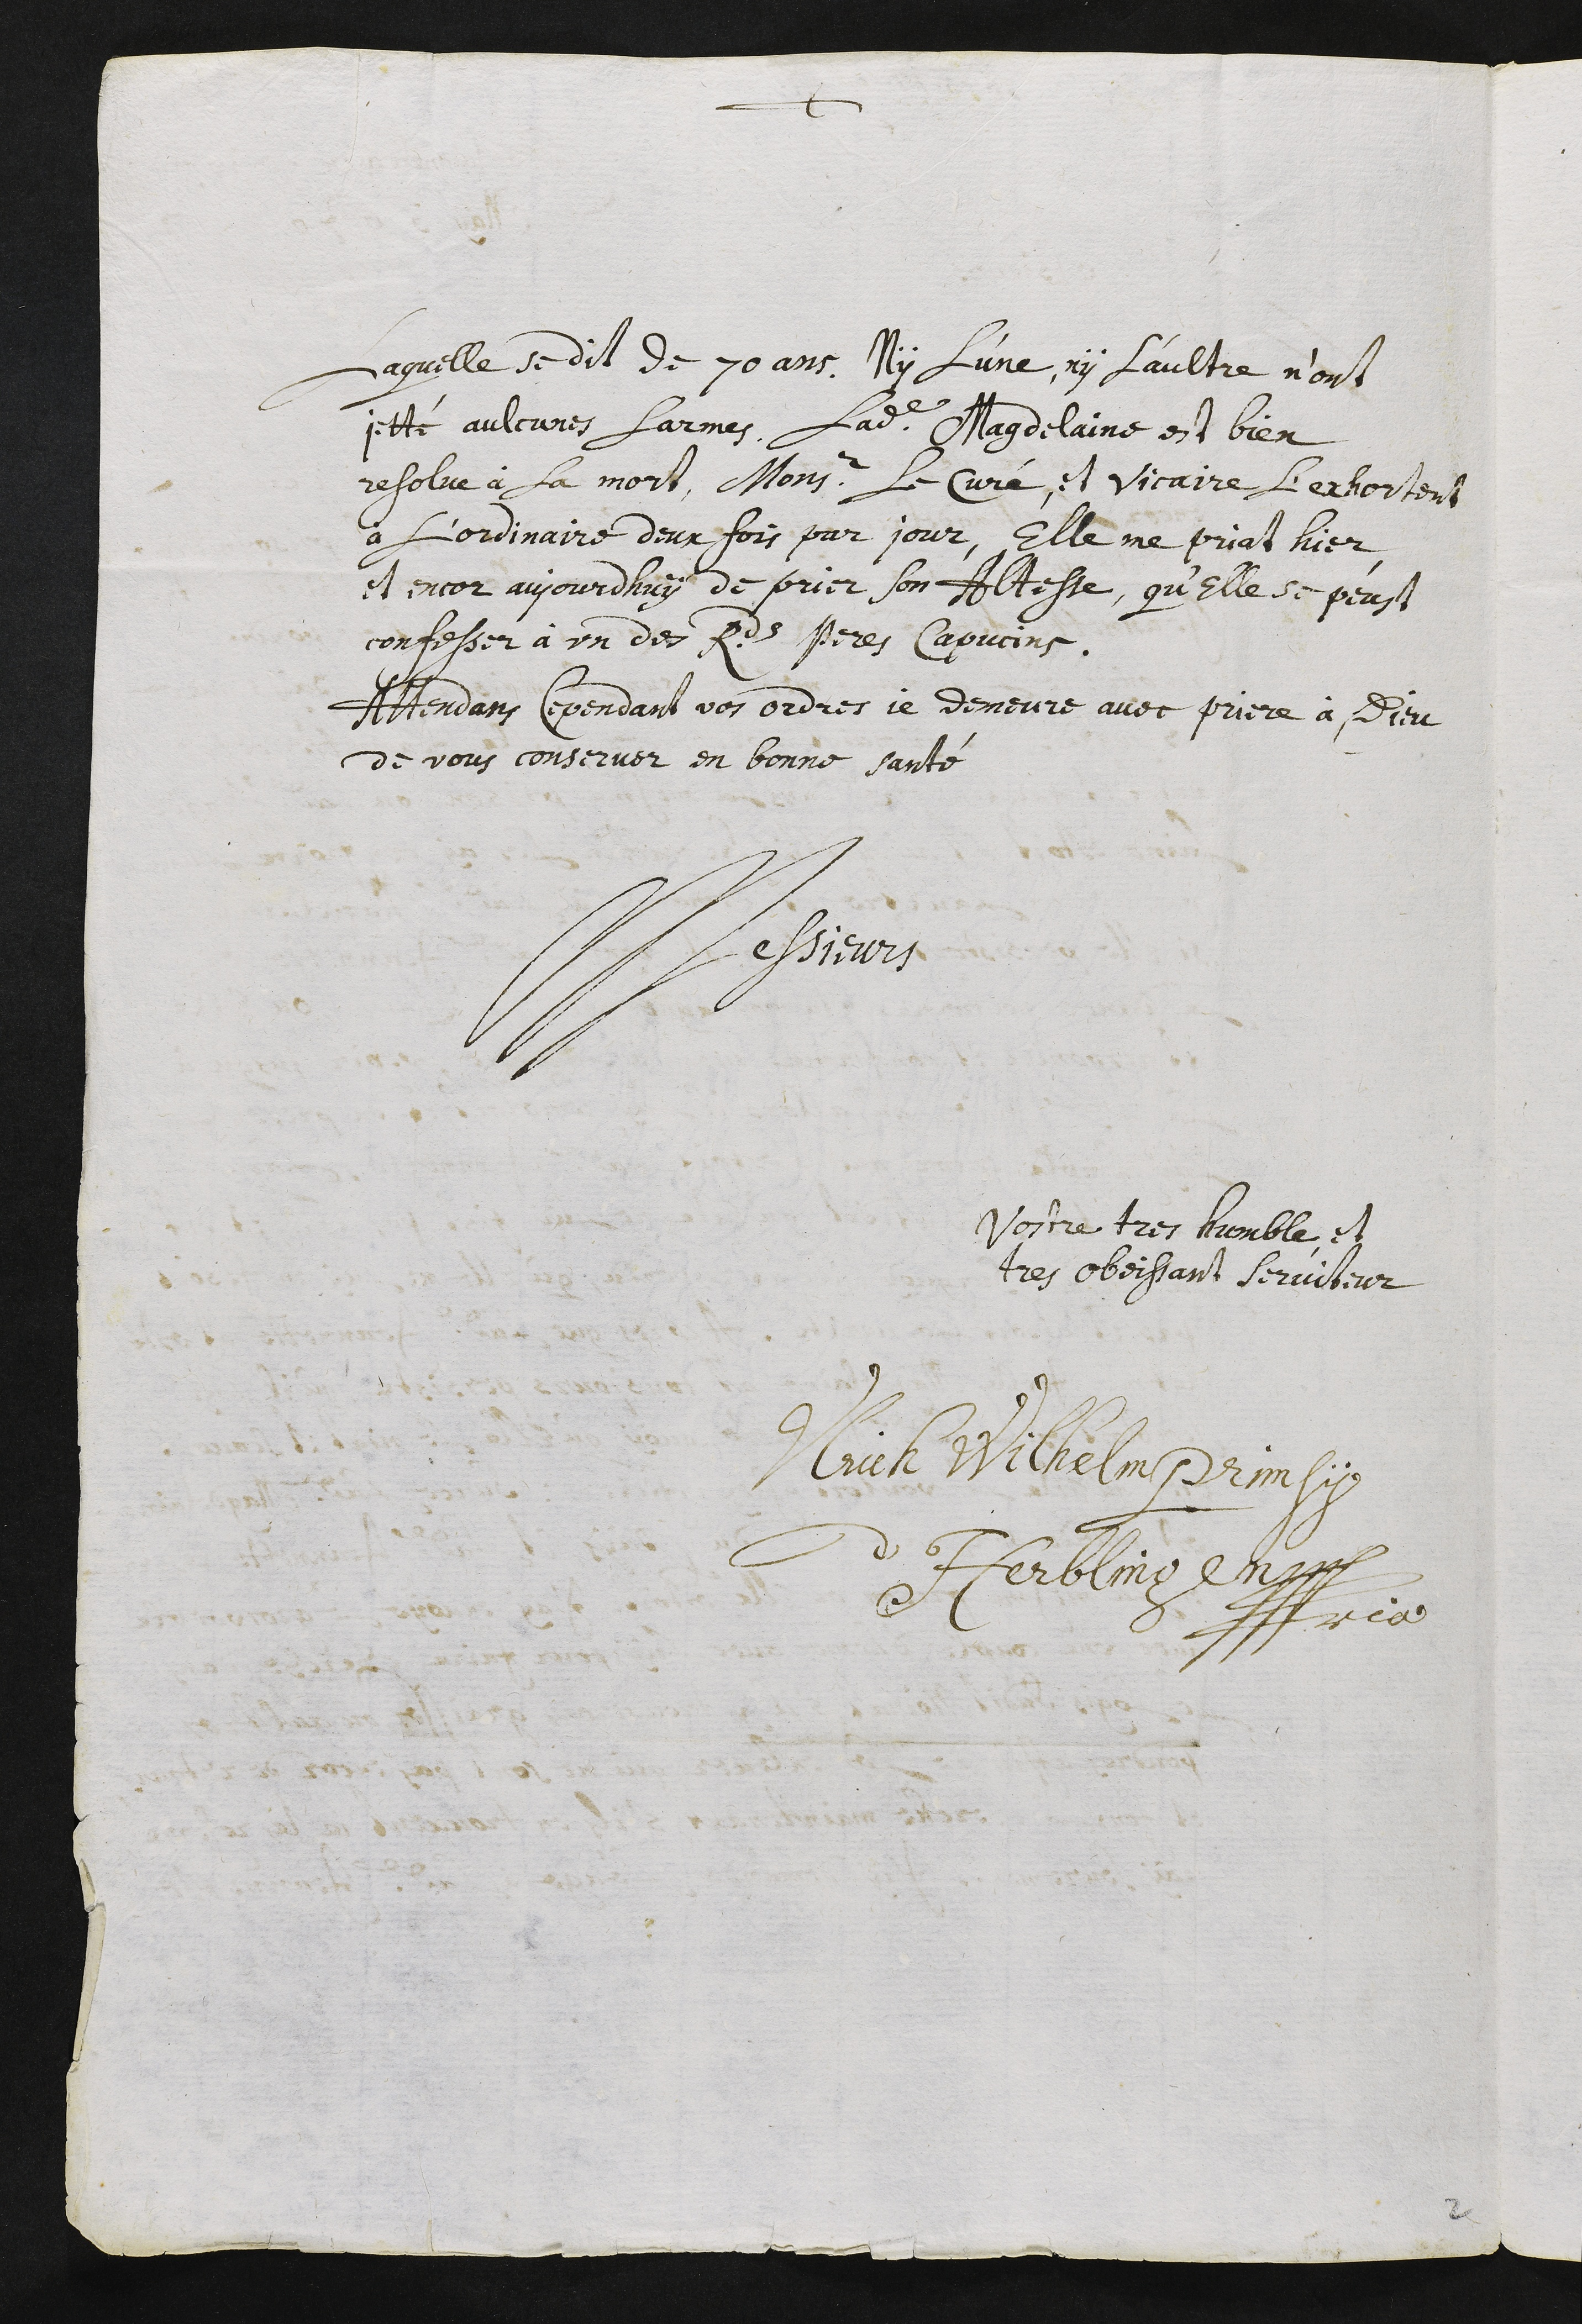
+
laquelle se dit de 70 ans. Ny l’une, ny l’aultre n’ont
jetté aulcunes larmes. Ladite Magdelaine est bien
resolue à la mort, Monsieur le curé, et vicaire l’exhortent
à l’ordinaire deux fois par jour, elle me priat hier,
et encor aujourdhuy de prier son Altesse, qu’elle se peust
confesser à un des reverends peres capucins.
Attendans cependant vos ordres, je demeure avec priere à Dieu
de vous conserver en bonne santé
Messieurs
Votre tres humble, et
tres obeissant serviteur,
Ulrich Wilhelm Primsy
d’Herblingen
???ria